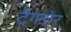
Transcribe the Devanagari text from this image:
ट्रैगडोर